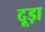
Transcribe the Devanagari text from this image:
दूड़ा